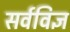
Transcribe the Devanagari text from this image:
सर्वविज्ञ